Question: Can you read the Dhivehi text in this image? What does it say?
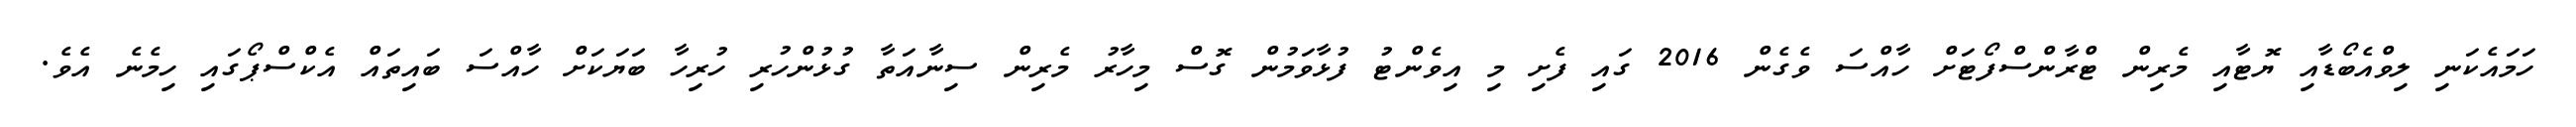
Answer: ހަމައެކަނި ލިވްއެބޯޑާއި ޔޮޓާއި މެރިން ޓްރާންސްފޯޓަށް ހާއްސަ ވެގެން 2016 ގައި ފެށި މި އިވެންޓު ފުޅާވަމުން ގޮސް މިހާރު މެރިން ސިނާއަތާ ގުޅުންހުރި ހުރިހާ ބަޔަކަށް ހާއްސަ ބައިތައް އެކްސްޕޯގައި ހިމެނެ އެވެ.